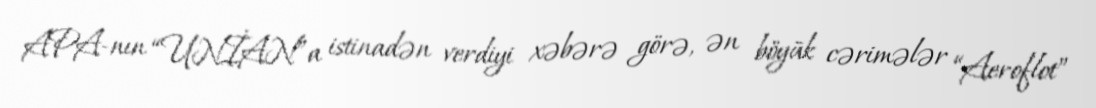
APA-nın “UNİAN”a istinadən verdiyi xəbərə görə, ən böyük cərimələr “Aeroflot”